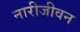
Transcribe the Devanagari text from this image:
नारीजीवन